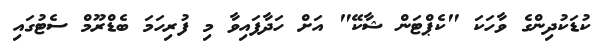
ކުޑަކުދިންގެ ވާހަކަ "ކެޕްޓަން ޝާކޭ" އަށް ހަދާފައިވާ މި ފުރިހަމަ ބެޑްރޫމް ސެޓުގައި